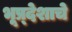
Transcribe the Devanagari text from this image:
भूप्र्देशाचे